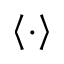
\left\langle \cdot \right\rangle